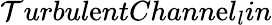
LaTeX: \mathcal{T}urbul\mathrm{e}ntChann\mathrm{e}l_{l}in